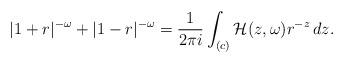
LaTeX: \begin{align*}|1+r|^{-\omega}+|1-r|^{-\omega}=\frac{1}{2\pi i}\int_{(c)}\mathcal{H}(z,\omega)r^{-z}\,dz.\end{align*}